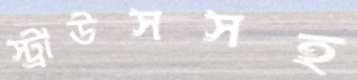
স্ট্রাউসসহ